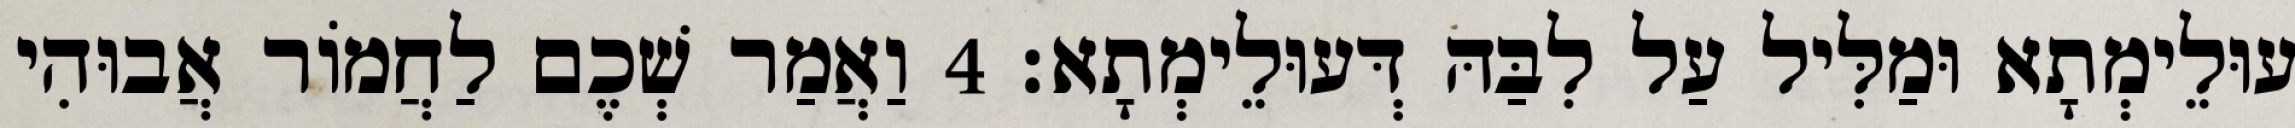
עוּלֵימְתָא וּמַלִּיל עַל לִבַּהּ דְּעוּלֵימְתָא׃ 4 וַאֲמַר שְׁכֶם לַחֲמוֹר אֲבוּהִי